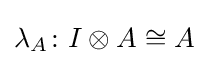
\lambda _{A}\colon I\otimes A\cong A